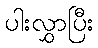
ပါးလွှာပြီး